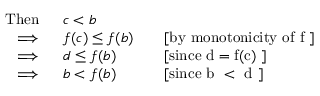
\begin{array} { r l r l } { \mathrm { T h e n } \; \; } & { c < b } \\ { \implies \; } & { f ( c ) \le f ( b ) } & & { \mathrm { [ b y ~ m o n o t o n i c i t y ~ o f ~ f ~ ] } } \\ { \implies \; } & { d \le f ( b ) } & & { \mathrm { [ s i n c e ~ d = f ( c ) ~ ] } } \\ { \implies \; } & { b < f ( b ) } & & { \mathrm { [ s i n c e ~ b ~ < ~ d ~ ] } } \end{array}